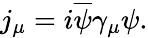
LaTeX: j_{\mu}=i\overline{{{\psi}}}\gamma_{\mu}\psi.